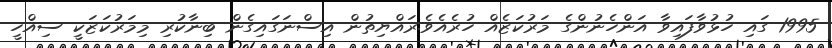
1995 ގައި ހުޅުވާފައިވާ އަންހެނުންގެ މަރުކަޒެއް ހުރެއެވެ.ރައްޔިތުން އިސްނަގައިގެން ބިނާކުރި މިމަރުކަޒަކީ ސިއްހީ